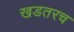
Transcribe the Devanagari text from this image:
खडतरच